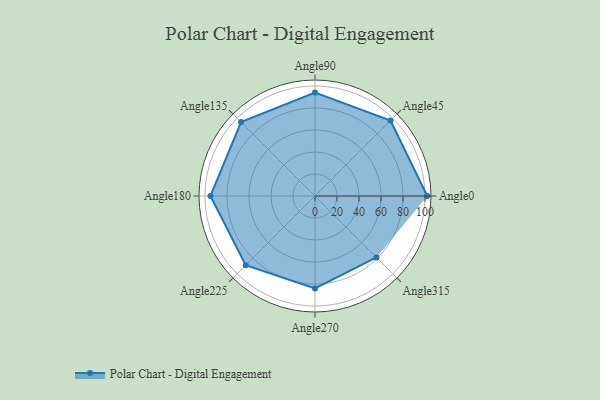
{"axis": {"x": "Angle", "y": "Radius"}, "legend": [""], "data": [{"x": "Angle0", "y": 102.0, "type": ""}, {"x": "Angle45", "y": 97.0, "type": ""}, {"x": "Angle90", "y": 94.0, "type": ""}, {"x": "Angle135", "y": 95.0, "type": ""}, {"x": "Angle180", "y": 95.0, "type": ""}, {"x": "Angle225", "y": 89.0, "type": ""}, {"x": "Angle270", "y": 84.0, "type": ""}, {"x": "Angle315", "y": 79.0, "type": ""}]}